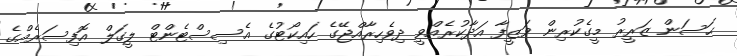
ޙަސަން ޒަރީރު މީގެކުރިން ވަޒީފާ އަދާކުރެއްވީ ދިވެހިރާއްޖޭގެ ހައިކޯޓުގެ އެސިސްޓެންޓް ލީގަލް އޮފިސަރެއްގެ